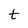
Character: t